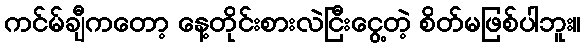
ကင်မ်ချီကတော့ နေ့တိုင်းစားလဲငြီးငွေ့တဲ့ စိတ်မဖြစ်ပါဘူး။